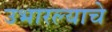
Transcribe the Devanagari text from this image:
उभारल्याचे